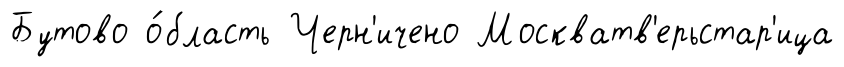
Бутово о́бласть Черн'ичено Москватв'ерьстар'ица